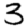
Digit: 3